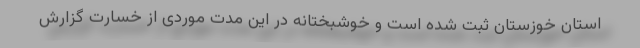
استان خوزستان ثبت شده است و خوشبختانه در این مدت موردی از خسارت گزارش